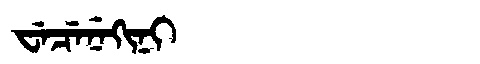
Manchu: ᠸᡝᠴᡝᠨᡝᡴᡳᠨᡳ
Romanization: WECENEKINI